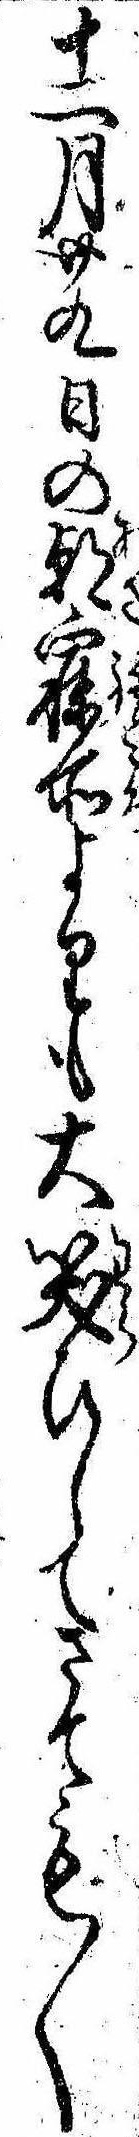
十二月廿九日の朝寐所よりも大笑ひしてさても〱